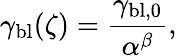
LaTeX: \gamma_{\mathrm{bl}}(\zeta)=\frac{\gamma_{\mathrm{bl,0}}}{\alpha^{\beta}},